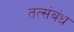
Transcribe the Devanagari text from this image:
तत्संबंध